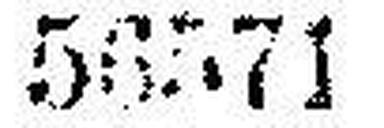
56571